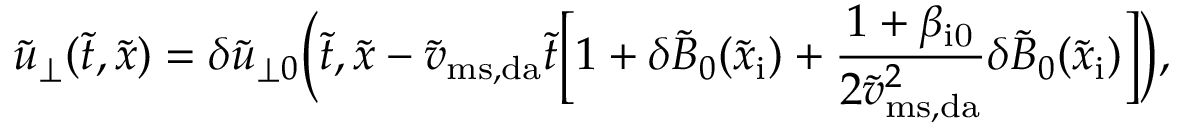
\widetilde { u } _ { \perp } ( \widetilde { t } , \widetilde { x } ) = \delta \widetilde { u } _ { \perp 0 } \biggl ( \widetilde { t } , \widetilde { x } - \widetilde { v } _ { \mathrm { m s , d a } } \widetilde { t } \biggl [ 1 + \delta \widetilde { B } _ { 0 } ( \widetilde { x } _ { \mathrm { i } } ) + \frac { 1 + \beta _ { \mathrm { i 0 } } } { 2 \widetilde { v } _ { \mathrm { m s , d a } } ^ { 2 } } \delta \widetilde { B } _ { 0 } ( \widetilde { x } _ { \mathrm { i } } ) \biggr ] \biggr ) ,